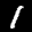
Label: 1